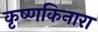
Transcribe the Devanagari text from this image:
कृष्णकिनारा